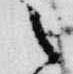
之